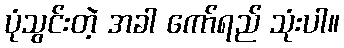
ပုံသွင်းတဲ့ အခါ ကော်ရည် သုံးပါ။